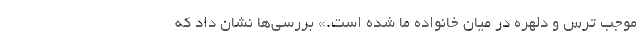
موجب ترس و دلهره در میان خانواده ما شده است.» بررسی‌ها نشان داد که